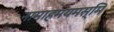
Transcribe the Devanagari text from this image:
नामाहमयमस्मि